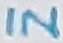
Text: IN